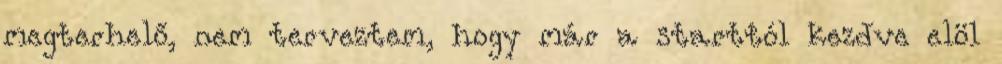
megterhelő, nem terveztem, hogy már a starttól kezdve elöl